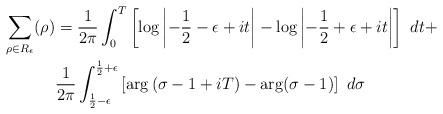
LaTeX: \begin{align*}\sum_{\rho\in R_\epsilon} (\rho)&=\frac{1}{2\pi } \int_{0}^{T}\left[\log \left| -\frac{1}{2}-\epsilon+it\right|-\log \left| -\frac{1}{2}+\epsilon+it\right|\right]\ dt+\\ &\frac{1}{2\pi} \int_{\frac{1}{2}-\epsilon}^{\frac{1}{2}+\epsilon} \left[\arg \left(\sigma-1+iT\right)-\arg (\sigma-1)\right]\ d\sigma \end{align*}